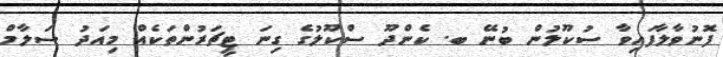
ފޮނުވާލާފައިވާ ސުކޫލުން ބުނޭ ބ. ކެންދޫ ސްކޫލުގެ ގިނަ ޓީޗަރުންތަކެއް މިއަދު ސަލާމް